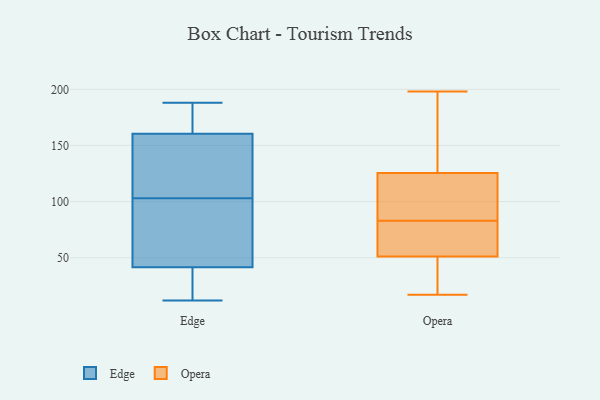
{"axis": {"x": "LTV (USD)", "y": "Value"}, "legend": ["Edge", "Opera"], "data": [{"x": "", "y": 166, "type": "Edge"}, {"x": "", "y": 36, "type": "Edge"}, {"x": "", "y": 140, "type": "Edge"}, {"x": "", "y": 113, "type": "Edge"}, {"x": "", "y": 184, "type": "Edge"}, {"x": "", "y": 103, "type": "Edge"}, {"x": "", "y": 25, "type": "Edge"}, {"x": "", "y": 76, "type": "Edge"}, {"x": "", "y": 188, "type": "Edge"}, {"x": "", "y": 127, "type": "Edge"}, {"x": "", "y": 36, "type": "Edge"}, {"x": "", "y": 171, "type": "Edge"}, {"x": "", "y": 12, "type": "Edge"}, {"x": "", "y": 92, "type": "Edge"}, {"x": "", "y": 38, "type": "Edge"}, {"x": "", "y": 165, "type": "Edge"}, {"x": "", "y": 52, "type": "Edge"}, {"x": "", "y": 147, "type": "Edge"}, {"x": "", "y": 90, "type": "Edge"}, {"x": "", "y": 27, "type": "Opera"}, {"x": "", "y": 155, "type": "Opera"}, {"x": "", "y": 110, "type": "Opera"}, {"x": "", "y": 58, "type": "Opera"}, {"x": "", "y": 60, "type": "Opera"}, {"x": "", "y": 107, "type": "Opera"}, {"x": "", "y": 103, "type": "Opera"}, {"x": "", "y": 44, "type": "Opera"}, {"x": "", "y": 36, "type": "Opera"}, {"x": "", "y": 70, "type": "Opera"}, {"x": "", "y": 162, "type": "Opera"}, {"x": "", "y": 25, "type": "Opera"}, {"x": "", "y": 195, "type": "Opera"}, {"x": "", "y": 78, "type": "Opera"}, {"x": "", "y": 198, "type": "Opera"}, {"x": "", "y": 17, "type": "Opera"}, {"x": "", "y": 115, "type": "Opera"}, {"x": "", "y": 71, "type": "Opera"}, {"x": "", "y": 136, "type": "Opera"}, {"x": "", "y": 88, "type": "Opera"}]}